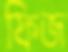
ফিজ